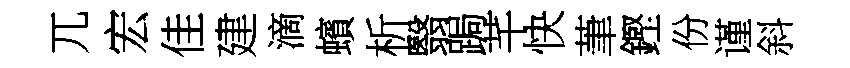
兀宏佳建滴蠙析翳跼芊快茟鏗份谨斜